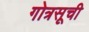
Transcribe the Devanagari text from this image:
गोत्रसूची